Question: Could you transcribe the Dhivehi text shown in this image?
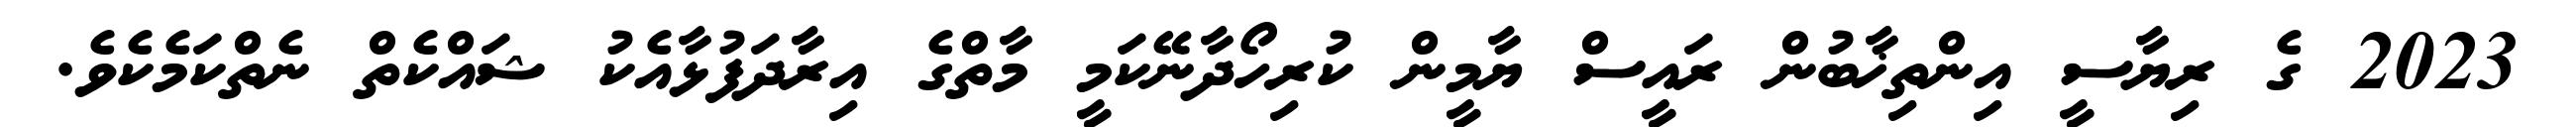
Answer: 2023 ގެ ރިޔާސީ އިންތިޚާބުން ރައީސް ޔާމީން ކުރިހޯދާނޭކަމީ މާތްގެ އިރާދަފުޅާއެކު ޝައްކެތް ނެތްކަމެކެވެ.